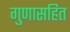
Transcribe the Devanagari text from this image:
गुणासहित